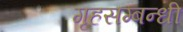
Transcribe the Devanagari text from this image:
गृहसम्बन्धी